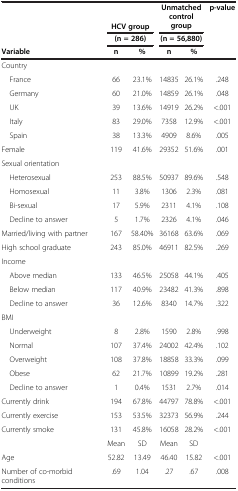
<table><thead><tr><td><b> </b></td><td colspan="2"><b>HCV group</b></td><td colspan="2"><b>Unmatched control group</b></td><td><b>p-value</b></td></tr><tr><td><b> </b></td><td colspan="2"><b>(n = 286)</b></td><td colspan="2"><b>(n = 56,880)</b></td><td><b> </b></td></tr><tr><td><b>Variable</b></td><td><b>n</b></td><td><b>%</b></td><td><b>n</b></td><td><b>%</b></td><td><b> </b></td></tr></thead><tbody><tr><td>Country</td><td> </td><td> </td><td> </td><td> </td><td> </td></tr><tr><td> France</td><td>66</td><td>23.1%</td><td>14835</td><td>26.1%</td><td>.248</td></tr><tr><td> Germany</td><td>60</td><td>21.0%</td><td>14859</td><td>26.1%</td><td>.048</td></tr><tr><td> UK</td><td>39</td><td>13.6%</td><td>14919</td><td>26.2%</td><td>&lt;.001</td></tr><tr><td> Italy</td><td>83</td><td>29.0%</td><td>7358</td><td>12.9%</td><td>&lt;.001</td></tr><tr><td> Spain</td><td>38</td><td>13.3%</td><td>4909</td><td>8.6%</td><td>.005</td></tr><tr><td>Female</td><td>119</td><td>41.6%</td><td>29352</td><td>51.6%</td><td>.001</td></tr><tr><td>Sexual orientation</td><td> </td><td> </td><td> </td><td> </td><td> </td></tr><tr><td> Heterosexual</td><td>253</td><td>88.5%</td><td>50937</td><td>89.6%</td><td>.548</td></tr><tr><td> Homosexual</td><td>11</td><td>3.8%</td><td>1306</td><td>2.3%</td><td>.081</td></tr><tr><td> Bi-sexual</td><td>17</td><td>5.9%</td><td>2311</td><td>4.1%</td><td>.108</td></tr><tr><td> Decline to answer</td><td>5</td><td>1.7%</td><td>2326</td><td>4.1%</td><td>.046</td></tr><tr><td>Married/living with partner</td><td>167</td><td>58.40%</td><td>36168</td><td>63.6%</td><td>.069</td></tr><tr><td>High school graduate</td><td>243</td><td>85.0%</td><td>46911</td><td>82.5%</td><td>.269</td></tr><tr><td>Income</td><td> </td><td> </td><td> </td><td> </td><td> </td></tr><tr><td> Above median</td><td>133</td><td>46.5%</td><td>25058</td><td>44.1%</td><td>.405</td></tr><tr><td> Below median</td><td>117</td><td>40.9%</td><td>23482</td><td>41.3%</td><td>.898</td></tr><tr><td> Decline to answer</td><td>36</td><td>12.6%</td><td>8340</td><td>14.7%</td><td>.322</td></tr><tr><td>BMI</td><td> </td><td> </td><td> </td><td> </td><td> </td></tr><tr><td> Underweight</td><td>8</td><td>2.8%</td><td>1590</td><td>2.8%</td><td>.998</td></tr><tr><td> Normal</td><td>107</td><td>37.4%</td><td>24002</td><td>42.4%</td><td>.102</td></tr><tr><td> Overweight</td><td>108</td><td>37.8%</td><td>18858</td><td>33.3%</td><td>.099</td></tr><tr><td> Obese</td><td>62</td><td>21.7%</td><td>10899</td><td>19.2%</td><td>.281</td></tr><tr><td> Decline to answer</td><td>1</td><td>0.4%</td><td>1531</td><td>2.7%</td><td>.014</td></tr><tr><td>Currently drink</td><td>194</td><td>67.8%</td><td>44797</td><td>78.8%</td><td>&lt;.001</td></tr><tr><td>Currently exercise</td><td>153</td><td>53.5%</td><td>32373</td><td>56.9%</td><td>.244</td></tr><tr><td>Currently smoke</td><td>131</td><td>45.8%</td><td>16058</td><td>28.2%</td><td>&lt;.001</td></tr><tr><td> </td><td>Mean</td><td>SD</td><td>Mean</td><td>SD</td><td> </td></tr><tr><td>Age</td><td>52.82</td><td>13.49</td><td>46.40</td><td>15.82</td><td>&lt;.001</td></tr><tr><td>Number of co-morbid conditions</td><td>.69</td><td>1.04</td><td>.27</td><td>.67</td><td>.008</td></tr></tbody></table>